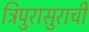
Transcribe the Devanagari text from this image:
त्रिपुरासुराची